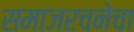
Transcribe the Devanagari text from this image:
समाजरचनेचा